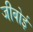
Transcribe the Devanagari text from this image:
जीबोई